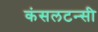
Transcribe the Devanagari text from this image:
कंसलटन्सी